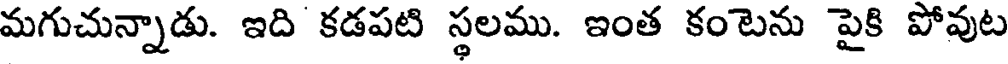
మగుచున్నాడు. ఇది కడపటి స్థలము. ఇంత కంటెను పైకి పోవుట